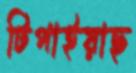
টিপাইয়াছ